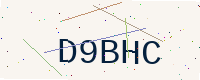
Text: D9BHC